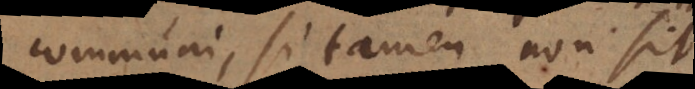
communi, si tamen non sit